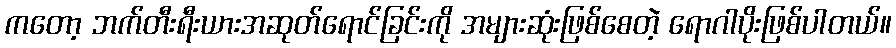
ကတော့ ဘက်တီးရီးယားအဆုတ်ရောင်ခြင်းကို အများဆုံးဖြစ်စေတဲ့ ရောဂါပိုးဖြစ်ပါတယ်။